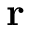
{ \mathbf { r } }